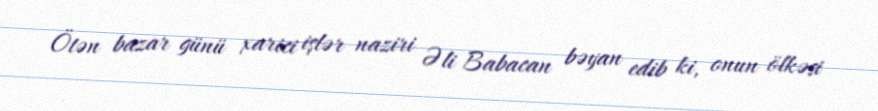
Ötən bazar günü xarici işlər naziri Əli Babacan bəyan edib ki, onun ölkəsi